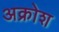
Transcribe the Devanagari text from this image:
अक्रोश